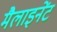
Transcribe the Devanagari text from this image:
मैलाइनेंट